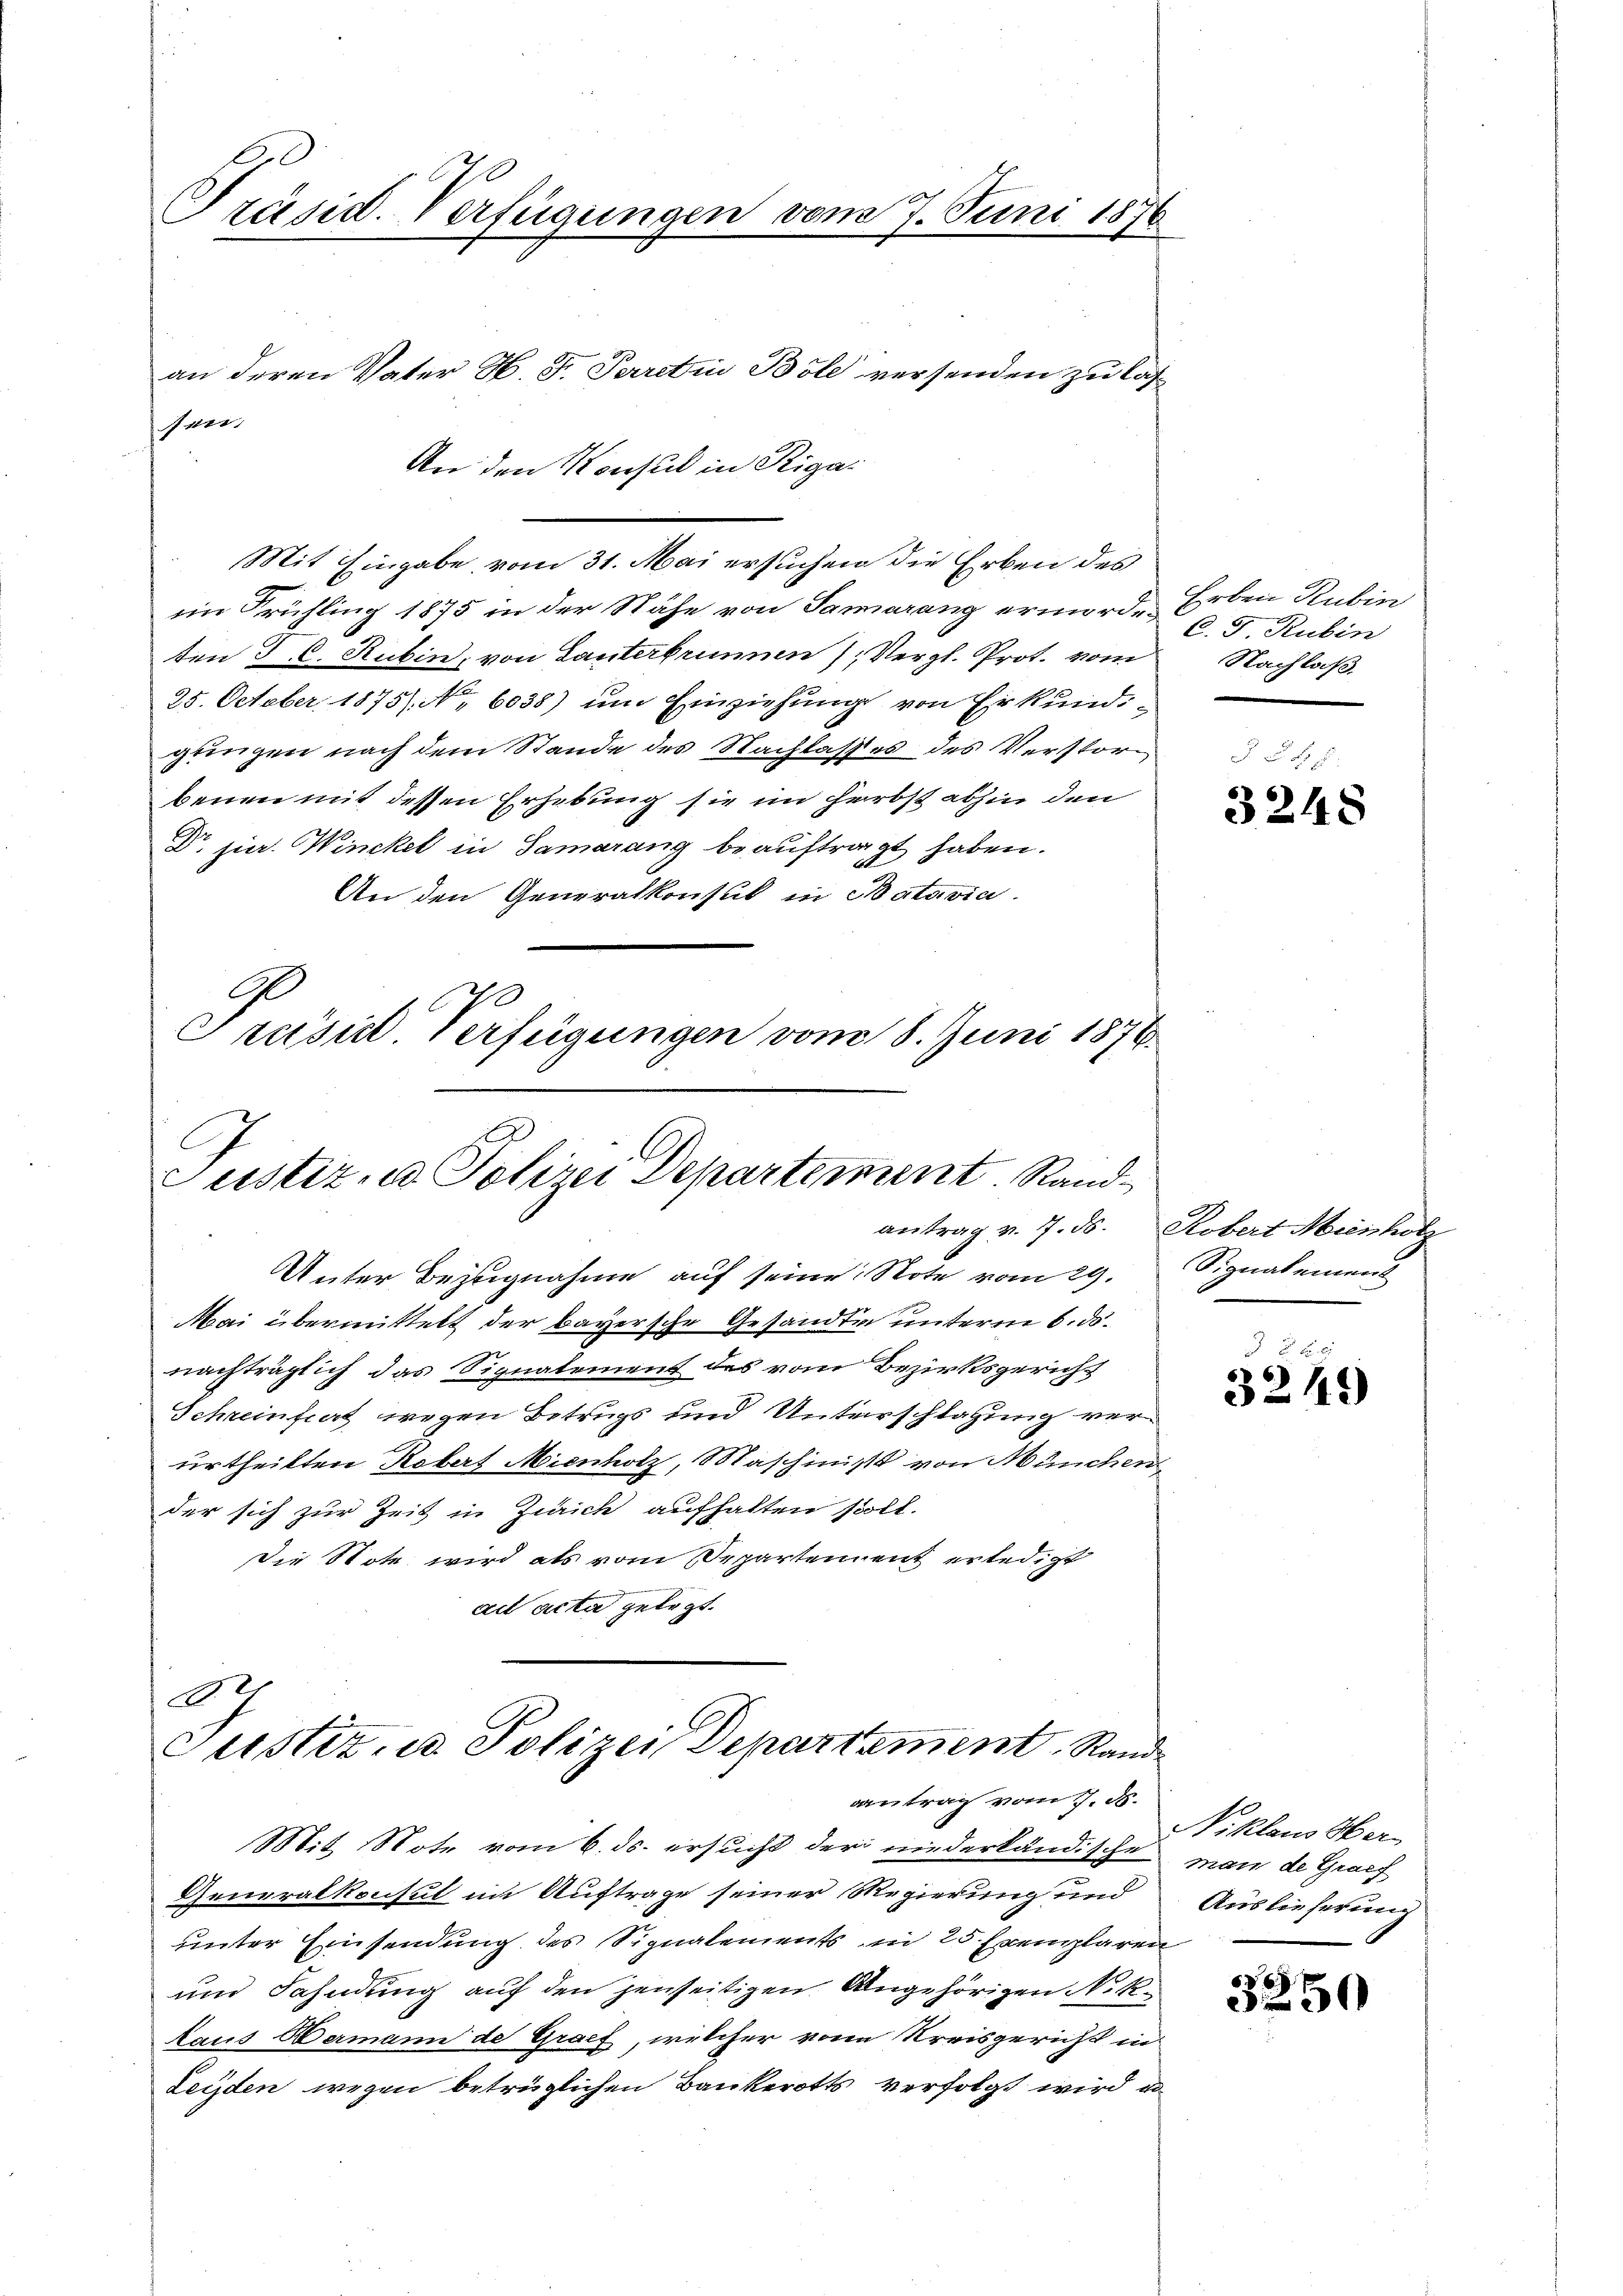
Grund. Verfügungen vom 7. Juni 1876

schwer

an deren Vater H. F. Perretin Böle versenden zu las¬
An den Konsul in Riga¬

Mit Eingabe vom 31. Mai ersuchen die Erben des
im Frühling 1875 in der Nähe von Samarang ermordeten T. C. Rubin, von Lanterbrunnen), Vergl. Prot. vom
25. October 1875) No 6038) um Einziehung von Erkund
gungen nach dem Stande des Nachlasses des Verstorbenen mit dessen Erhebung sie im Herbst abhin den
Dr jur. Winckel in Samarang beauftragt haben.
An den Generalkonsul in Batavia
Präsid. Verfügungen vom 18. Juni 1876.

Justiz, u. Polizei Departement Rand

.
Custiz- u Polizei Departement. Stand
aantrag vom 7. d.

Erben Rubin
C. J. Rubin
Nachlaß.

Unter Bezugnahme auf seine Note vom 29.
Mai übermittelt der bayersche Gesandte unterm 6. ds.
nachträglich das Signalement des vom Bezirksgericht
Schreinfiert wegen Betrugs und Unterschlagung verurtheilten Robert Mienholz, Maschinist von München
der sich zur Zeit in Zürich aufhalten soll.
Die Stote wird als vom Separtement erledigt
ad acta gelegt.

Mit Note vom 6. ds. ersucht der niederländische
Generalkonsul im Auftrage seiner Regierung und
unter Einsendung des Signalements in 25 Exemplaren
und Fahndung auf den jenseitigen Angehörigen Noktaus Bermann de Graf, welcher von Kreisgericht in
Leyden wegen betrüglichen Bankerotts verfolgt wird, u

3248

antrag v. 7. ds. Robert Miesholz
Signalement

2 x
32144)

Niklaus Obermann de Graef
Auslieferung

6
 300